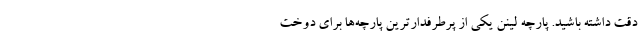
دقت داشته باشید. پارچه لینن یکی از پرطرفدارترین پارچه‌ها برای دوخت